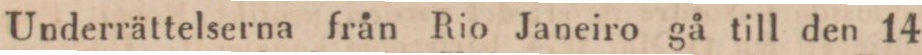
Underrättelserna från Rio Janeiro gå till den 14